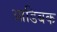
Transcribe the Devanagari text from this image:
आडिबक